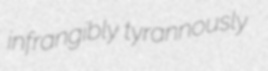
infrangibly tyrannously